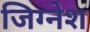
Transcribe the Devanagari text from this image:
जिग्नेश